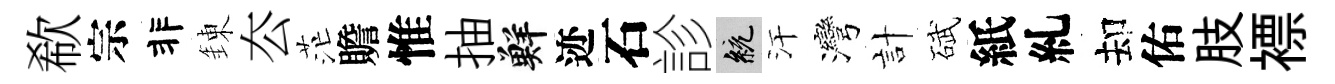
欷宗非錬厺茫贍惟抽鮮迹石診統汗灣計碔紙糺却佑肢褾